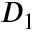
D _ { 1 }